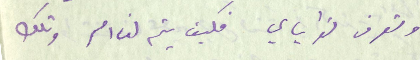
وتعرف نواياي فكيف يتم لنا امر وتلك